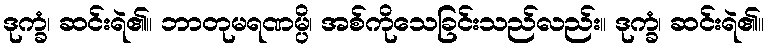
ဒုက္ခံ၊ ဆင်းရဲ၏။ ဘာတုမရဏမ္ပိ၊ အစ်ကိုသေခြင်းသည်လည်း။ ဒုက္ခံ၊ ဆင်းရဲ၏။